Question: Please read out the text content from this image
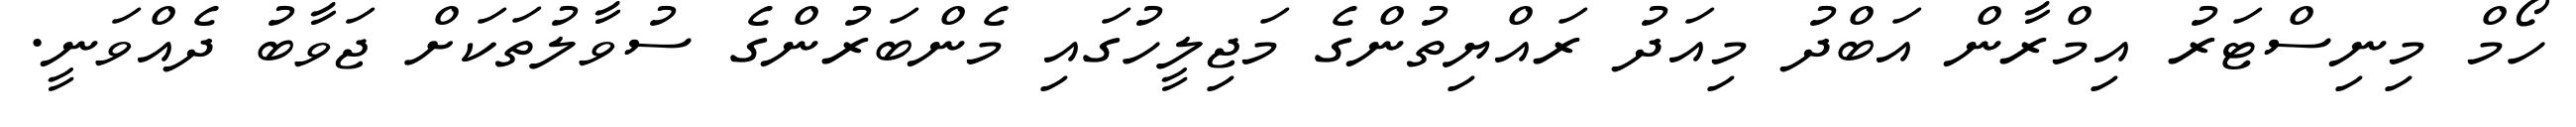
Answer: ހޯމް މިނިސްޓަރު އިމްރާން އަބްދު މިއަދު ރައްޔިތުންގެ މަޖިލީހުގައި މެންބަރުންގެ ސުވާލުތަކަށް ޖަވާބު ދެއްވަނީ.